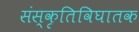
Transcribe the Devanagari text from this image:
संस्कृतिविघातक